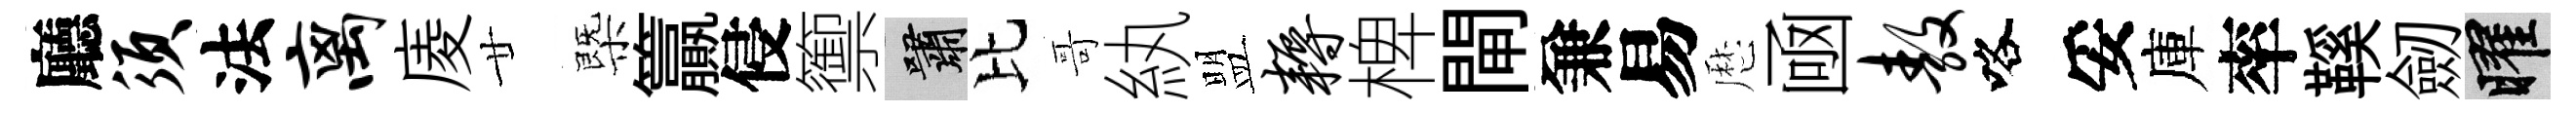
廳须法离庱廿㮣籯侵籞嘯比哥紈盟耨椑閘兼易厯凾敖咯妥庫率鞵劒曜